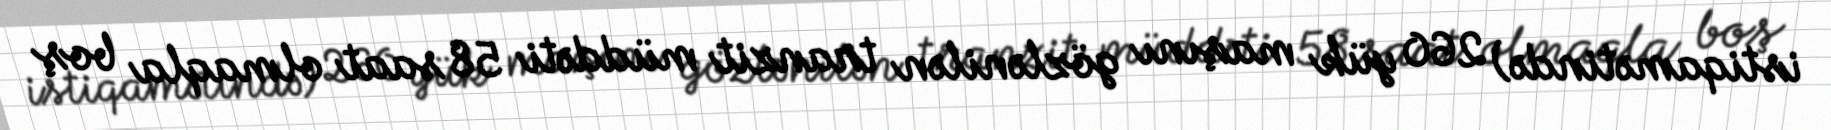
istiqamətində) 260 yük maşını gözlənilən tranzit müddəti 58 saat olmaqla boş